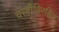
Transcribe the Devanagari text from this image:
चरबीविरहित